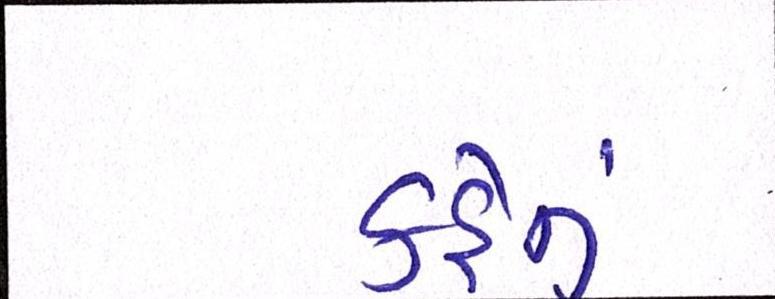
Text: કહેતું